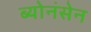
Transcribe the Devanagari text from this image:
ब्योनंसेन